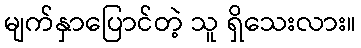
မျက်နှာပြောင်တဲ့ သူ ရှိသေးလား။